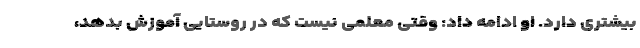
بیشتری دارد. او ادامه داد: وقتی معلمی نیست که در روستایی آموزش بدهد،